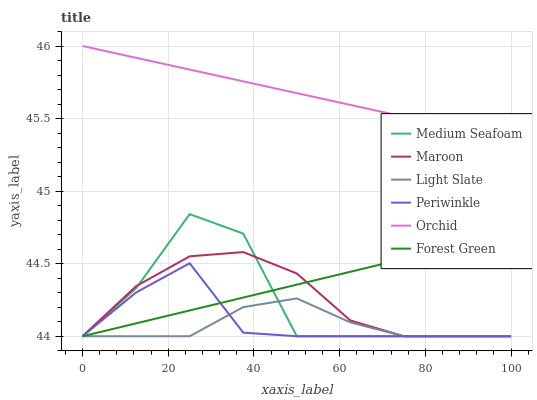
| xaxis_label | Medium Seafoam | Maroon | Light Slate | Periwinkle | Orchid | Forest Green |
 | --- | --- | --- | --- | --- | --- | --- |
 | 0 | 44 | 44 | 44 | 44 | 46 | 44 |
 | 12.5 | 44.3 | 44.3 | 44 | 44.3 | 45.9 | 44.1 |
 | 25 | 44.8 | 44.6 | 44 | 44.5 | 45.8 | 44.2 |
 | 37.5 | 44.7 | 44.6 | 44.2 | 44 | 45.8 | 44.3 |
 | 50 | 44 | 44.4 | 44.3 | 44 | 45.7 | 44.4 |
 | 62.5 | 44 | 44.1 | 44.1 | 44 | 45.6 | 44.4 |
 | 75 | 44 | 44 | 44 | 44 | 45.5 | 44.5 |
 | 87.5 | 44 | 44 | 44 | 44 | 45.4 | 44.6 |
 | 100 | 44 | 44 | 44 | 44 | 45.4 | 44.7 |